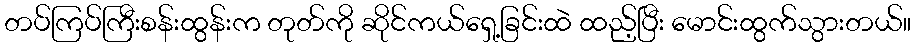
တပ်ကြပ်ကြီးစန်းထွန်းက တုတ်ကို ဆိုင်ကယ်ရှေ့ခြင်းထဲ ထည့်ပြီး မောင်းထွက်သွားတယ်။